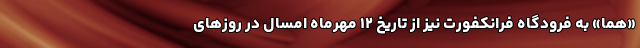
«هما» به فرودگاه فرانکفورت نیز از تاریخ ۱۲ مهرماه امسال در روزهای